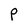
Character: P